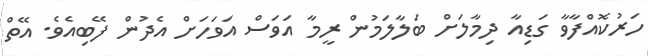
ހަރުކޮއްފާވާ ގަޑިއާ ދިމާލަށް ބަލާލަމުން ރީމާ އަވަސް އަވަހަށް އެދުން ފޭބިއެވެ. އޭތް